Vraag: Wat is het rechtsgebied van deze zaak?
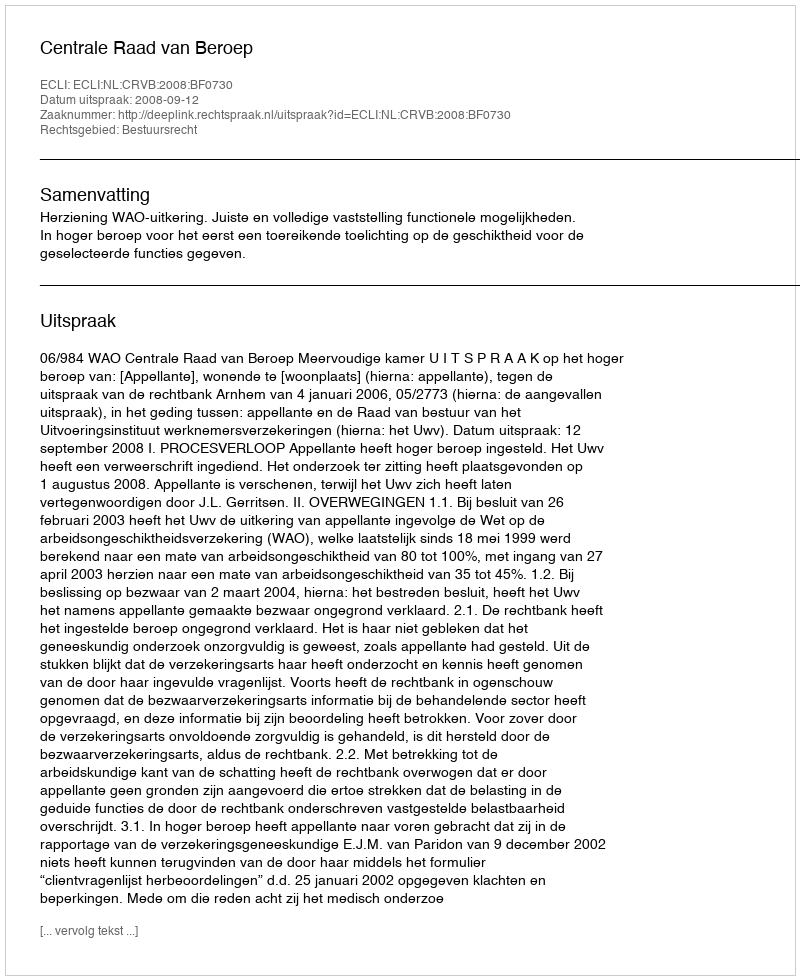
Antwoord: Bestuursrecht